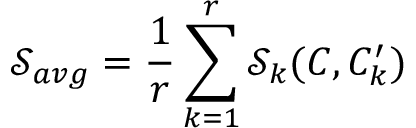
\mathcal { S } _ { a v g } = \frac { 1 } { r } \sum _ { k = 1 } ^ { r } \mathcal { S } _ { k } ( C , C _ { k } ^ { \prime } )